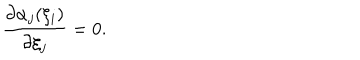
\frac { \partial \alpha _ { j } ( \xi _ { i } ) } { \partial \xi _ { j } } = 0 .